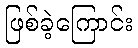
ဖြစ်ခဲ့ကြောင်း